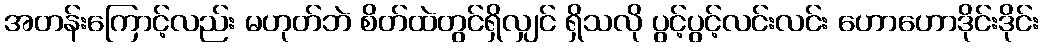
အတန်းကြောင့်လည်း မဟုတ်ဘဲ စိတ်ထဲတွင်ရှိလျှင် ရှိသလို ပွင့်ပွင့်လင်းလင်း ဟောဟောဒိုင်းဒိုင်း